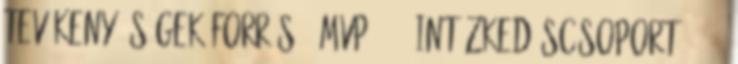
tevékeny- ségek Forrás ▪ÚMVP - 4. Intézkedéscsoport - 411